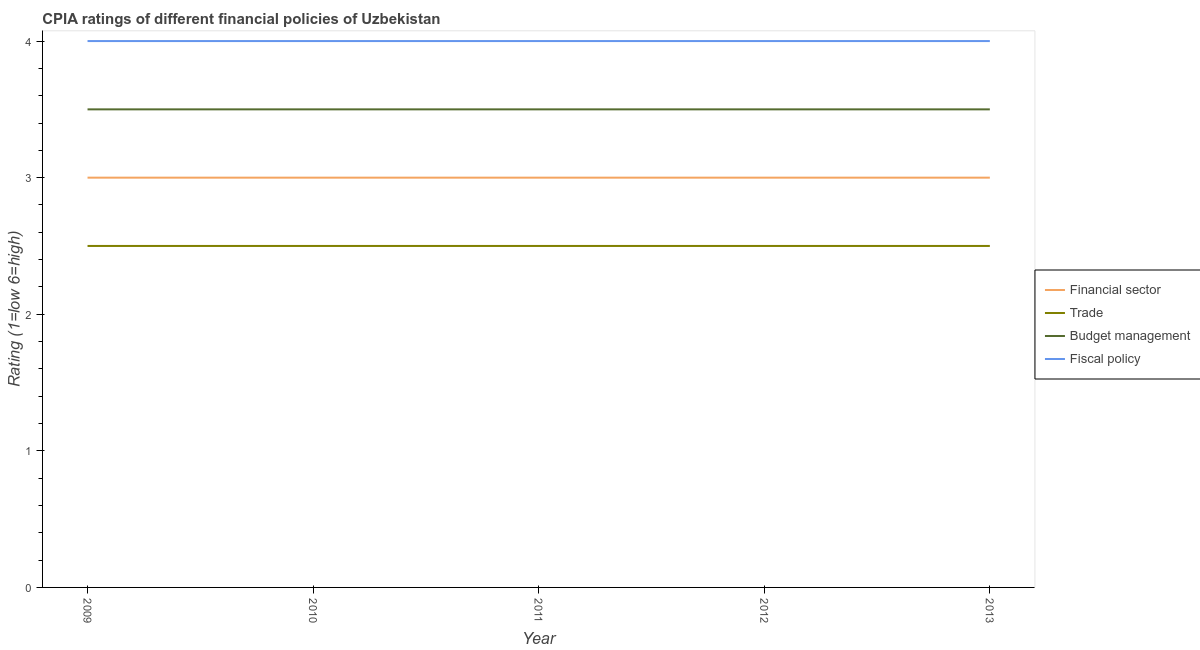
| Year | Financial sector | Trade | Budget management | Fiscal policy |
 | --- | --- | --- | --- | --- |
 | 2009 | 3 | 2.5 | 3.5 | 4 |
 | 2010 | 3 | 2.5 | 3.5 | 4 |
 | 2011 | 3 | 2.5 | 3.5 | 4 |
 | 2012 | 3 | 2.5 | 3.5 | 4 |
 | 2013 | 3 | 2.5 | 3.5 | 4 |